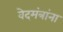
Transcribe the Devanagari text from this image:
वेदमंत्रांना